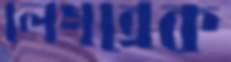
লেগব্রেক